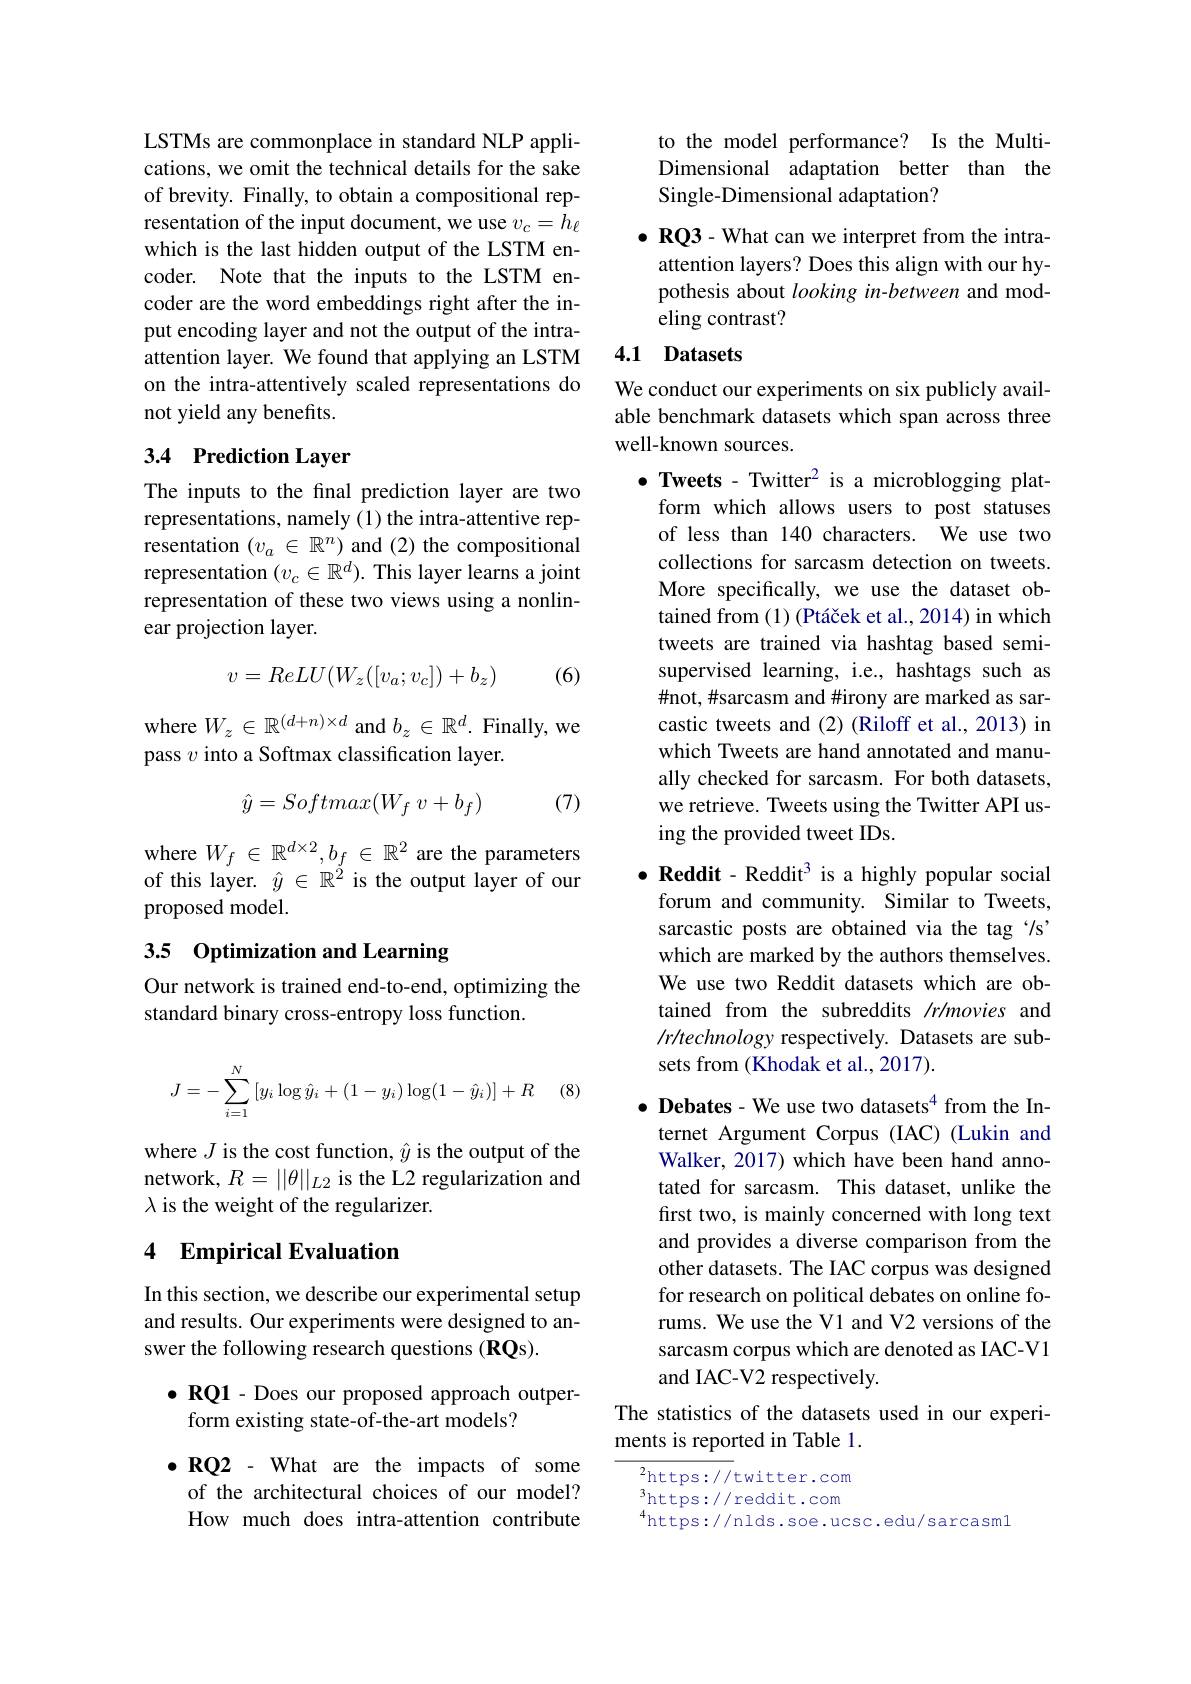
LSTMs are commonplace in standard NLP applications, we omit the technical details for the sake of brevity. Finally, to obtain a compositional representation of the input document, we use $v_c=h_\ell$ which is the last hidden output of the LSTM encoder. Note that the inputs to the LSTM encoder are the word embeddings right after the input encoding layer and not the output of the intraattention layer. We found that applying an LSTM on the intra-attentively scaled representations do not yield any benefits.

## 3.4 Prediction Layer

The inputs to the final prediction layer are two representations, namely (1) the intra-attentive representation $(v_a\in\mathbb{R}^n)$ and (2) the compositional representation $(v_c\in\mathbb{R}^d).$ This layer learns a joint representation of these two views using a nonlinear projection layer.

(6)
$$v=ReLU(W_z([v_a;v_c])+b_z)$$
where $W_z\in\mathbb{R}^{(d+n)\times d}$ and $b_z\in\mathbb{R}^d.$ Finally, we
pass $v$ into a Softmax classification layer.

(7)
$$\hat{y}=Softmax(W_f\:v+b_f)$$
$\begin{array}{l}\mathrm{where~}W_f\in\mathbb{R}^{d\times2},b_f\in\mathbb{R}^2\text{ are the parameters}\\\mathrm{of~this~layer.~}\hat{y}\in\mathbb{R}^2\text{ is the output layer of our}\end{array}$
proposed model.

## 3.5 Optimization and Learning

Our network is trained end-to-end, optimizing the
standard binary cross-entropy loss function.
$$J=-\sum_{i=1}^N\left[y_i\log\hat{y}_i+(1-y_i)\log(1-\hat{y}_i)\right]+R$$
(8)

where $J$ is the cost function, $\hat{y}$ is the output of the network, $R=||\theta||_L2$ is the L2 regularization and $\lambda$ is the weight of the regularizer.

## 4 Empirical Evaluation

In this section, we describe our experimental setup and results. Our experiments were designed to answer the following research questions (RQs).

$\bullet$ RQ1 - Does our proposed approach outper-
form existing state-of-the-art models?

$\bullet\mathbf{RQ2}$ - What are the impacts of some of the architectural choices of our model? How much does intra-attention contribute

to the model performance? Is the MultiDimensional adaptation better than the Single-Dimensional adaptation?

$\bullet$ RQ3 - What can we interpret from the intra-
attention layers? Does this align with our hypothesis about looking in-between and modeling contrast?

## 4.1 Datasets

We conduct our experiments on six publicly available benchmark datasets which span across three well-known sources.

$\bullet$ Tweets - Twitter$^2$ is a microblogging plat-
form which allows users to post statuses of less than 140 characters. We use two collections for sarcasm detection on tweets. More specifically, we use the dataset obtained from (1) (Ptáček et al., 2014) in which tweets are trained via hashtag based semisupervised learning, i.e., hashtags such as #not, #sarcasm and #irony are marked as sarcastic tweets and (2) (Riloff et al., 2013) in which Tweets are hand annotated and manually checked for sarcasm. For both datasets we retrieve. Tweets using the Twitter API using the provided tweet IDs.

$\bullet\textbf{Reddit - Reddit}^3$ is a highly popular social
forum and community. Similar to Tweets, sarcastic posts are obtained via the tag '/s' which are marked by the authors themselves. We use two Reddit datasets which are obtained from the subreddits /r/movies and Ir/technology respectively. Datasets are subsets from (Khodak et al., 2017).

$\bullet$ Debates- We use two datasets$^4$ from the Internet Argument Corpus (IAC) (Lukin and Walker, 2017) which have been hand annotated for sarcasm. This dataset, unlike the first two, is mainly concerned with long text and provides a diverse comparison from the other datasets. The IAC corpus was designed for research on political debates on online forums. We use the V1 and V2 versions of the sarcasm corpus which are denoted as IAC-V1 and IAC-V2 respectively.

The statistics of the datasets used in our experi-
ments is reported in Table 1.

${\frac{2}{\mathrm{https://}}}$twitter.com 3https: / / reddit. com 4. $^{4}$https://nlds.soe.ucsc.edu/sarcasm1